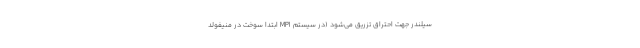
سیلندر جهت احتراق تزریق می‌شود (در سیستم MPI ابتدا سوخت در منیفولد